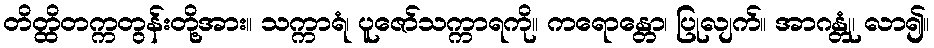
တိတ္ထိတက္ကတွန်းတို့အား။ သက္ကာရံ၊ ပူဇော်သက္ကာရကို။ ကရောန္တော၊ ပြုလျက်။ အာဂန္တုံ၊ လာ၍။